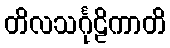
တိလသင်္ဂုဠိကာတိ